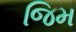
જિમ